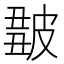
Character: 𤿿